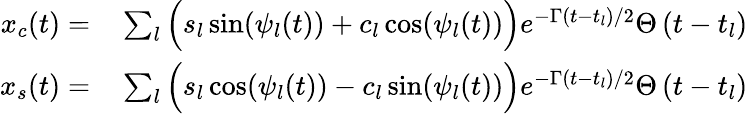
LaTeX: \begin{array}{rl}{x_{c}(t)=}&{{}\sum_{l}\Big(s_{l}\sin(\psi_{l}(t))+c_{l}\cos(\psi_{l}(t))\Big)e^{-\Gamma\left(t-t_{l}\right)/2}\Theta\left(t-t_{l}\right)}\\ {x_{s}(t)=}&{{}\sum_{l}\Big(s_{l}\cos(\psi_{l}(t))-c_{l}\sin(\psi_{l}(t))\Big)e^{-\Gamma\left(t-t_{l}\right)/2}\Theta\left(t-t_{l}\right)}\end{array}